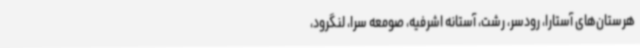
هرستان‌های آستارا، رودسر، رشت، آستانه اشرفیه، صومعه سرا، لنگرود،